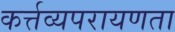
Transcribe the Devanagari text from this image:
कर्त्तव्यपरायणता